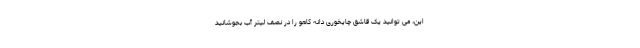
این، می توانید یک قاشق چایخوری دانه کاهو را در نصف لیتر آب بجوشانید